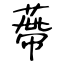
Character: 蔕